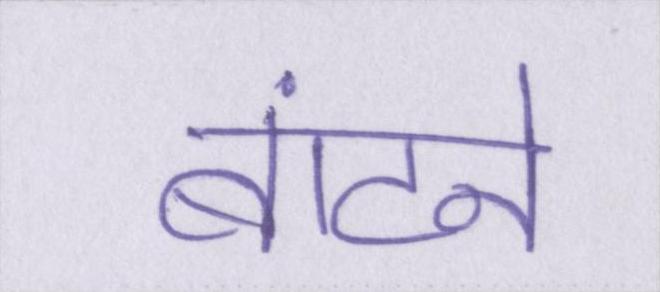
बांटने